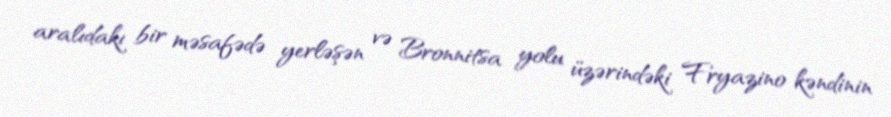
aralıdakı bir məsafədə yerləşən və Bronnitsa yolu üzərindəki Fryazino kəndinin